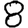
Digit: 8